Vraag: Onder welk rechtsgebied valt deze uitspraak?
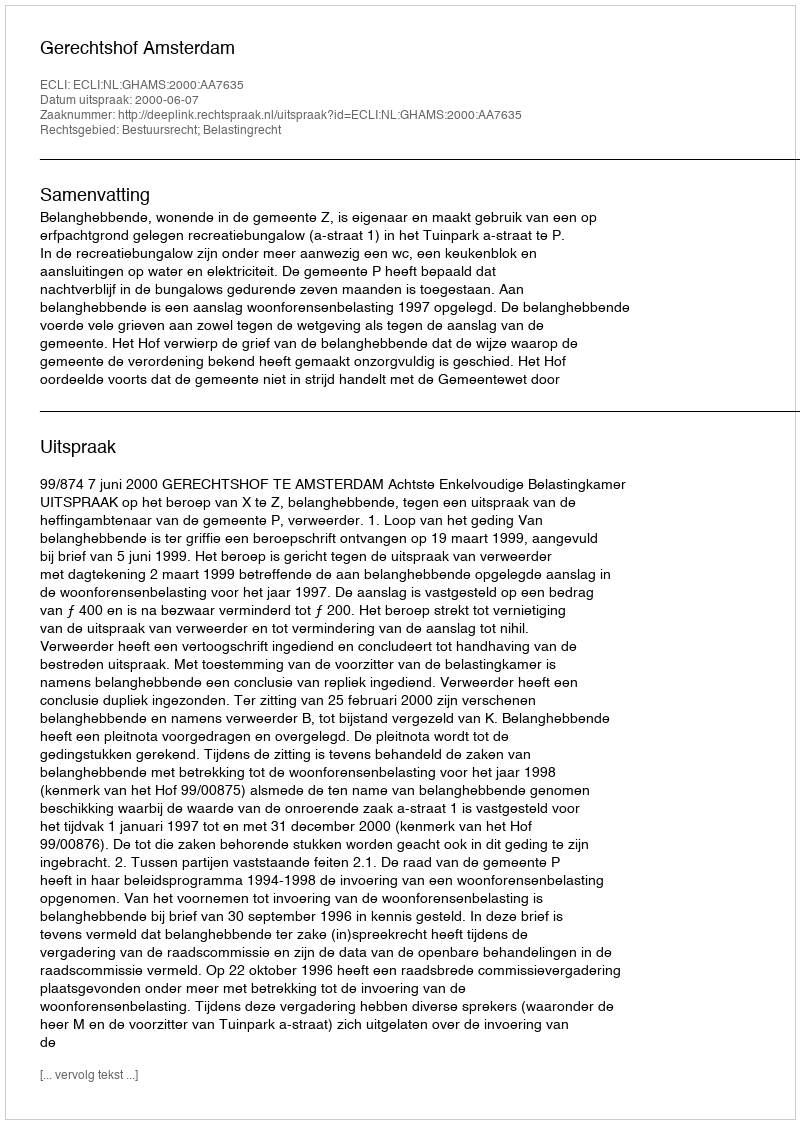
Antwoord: Bestuursrecht; Belastingrecht